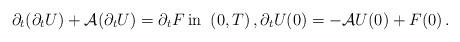
LaTeX: \begin{align*}\partial_t (\partial_t U) + \mathcal A (\partial_t U) = \partial_t F \operatorname{in} \;\; (0,T)\,, \partial_t U (0) = - \mathcal A U(0) + F(0)\,.\end{align*}